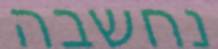
נחשבה